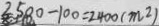
2 5 8 0 - 1 0 0 = 2 4 0 0 ( m ^ { 2 } )